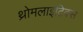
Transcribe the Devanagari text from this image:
थ्रोमलाइटिक्स